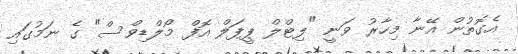
އެގޮތުން އޭނާ މިހާރު ވަނީ "ލިޓްލް ޕީޕަލް އޮފް މޯލްޑިވްސް" ގެ ނަމުގައި